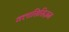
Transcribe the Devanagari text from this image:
क्लासिसिज़म